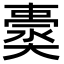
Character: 𡚀